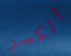
الكسر